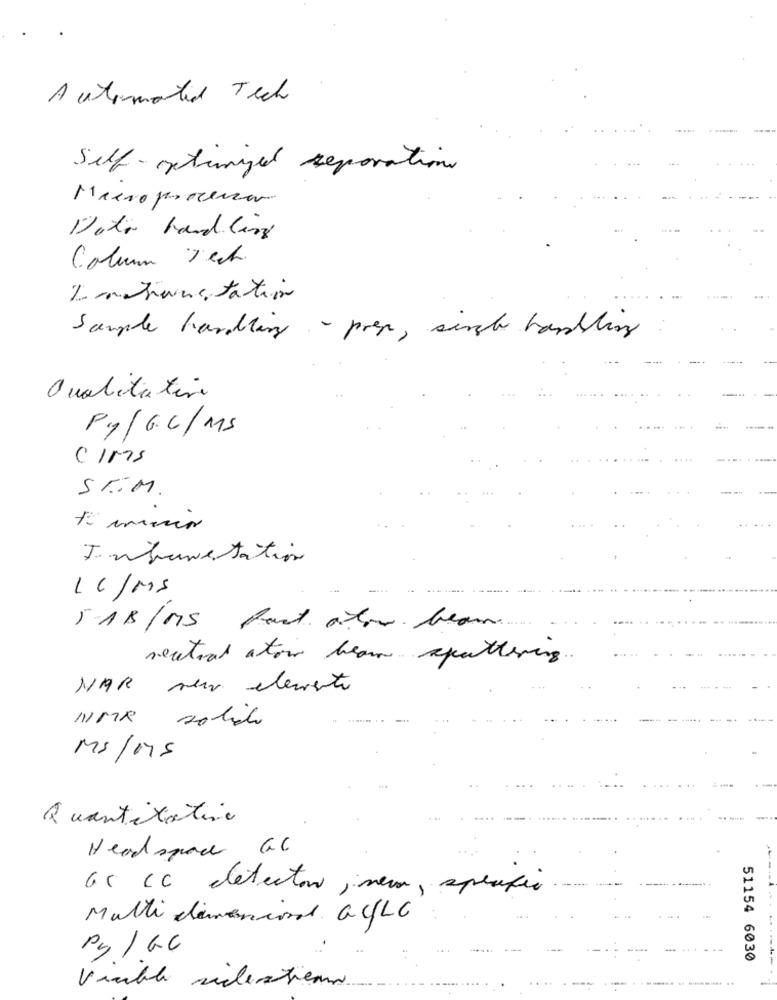
Automated Tech
Self- optimized reparations
Microprocessor
Data hand Cars
Column Tech.
Landene tation
Sample handling - pres , singh handling
Qualitativo
Py/GC/MS
CIMS
STÍM.
J. mhave tation
1C /MS
--- ----...
5-1B/MIS Part atov beam.
neutral atow beam sputtering.
NAR new elemente
NMR solide
Ms /MS
Quantitative
Headspace GC
65 CC detector inera, specific
Multi dimensional GULC
Py / GC
51154 6030
------
Viable sidertien